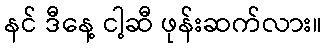
နင် ဒီနေ့ ငါ့ဆီ ဖုန်းဆက်လား။